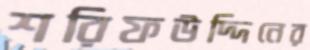
শরিফউদ্দিনের